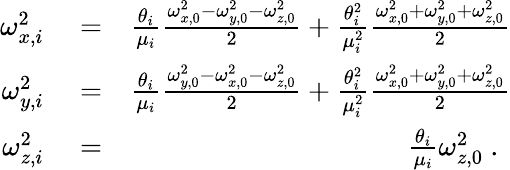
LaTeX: \begin{array}{rlr}{\omega_{x,i}^{2}}&{{}=}&{\frac{\theta_{i}}{\mu_{i}}\frac{\omega_{x,0}^{2}-\omega_{y,0}^{2}-\omega_{z,0}^{2}}{2}+\frac{\theta_{i}^{2}}{\mu_{i}^{2}}\frac{\omega_{x,0}^{2}+\omega_{y,0}^{2}+\omega_{z,0}^{2}}{2}}\\ {\omega_{y,i}^{2}}&{{}=}&{\frac{\theta_{i}}{\mu_{i}}\frac{\omega_{y,0}^{2}-\omega_{x,0}^{2}-\omega_{z,0}^{2}}{2}+\frac{\theta_{i}^{2}}{\mu_{i}^{2}}\frac{\omega_{x,0}^{2}+\omega_{y,0}^{2}+\omega_{z,0}^{2}}{2}}\\ {\omega_{z,i}^{2}}&{{}=}&{\frac{\theta_{i}}{\mu_{i}}\omega_{z,0}^{2}\mathrm{~.~}}\end{array}